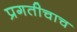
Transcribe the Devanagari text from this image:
प्रगतीचाच